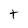
Character: t